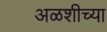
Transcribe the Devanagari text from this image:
अळशीच्या